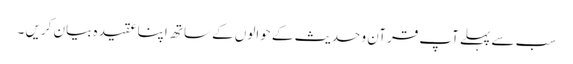
سب سے پہلے آپ قرآن و حدیث کے حوالوں کے ساتھ اپنا عقیدہ بیان کریں ۔